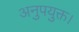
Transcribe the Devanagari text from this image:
अनुपयुक्त।